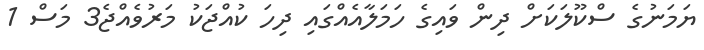
ޔަމަނުގެ ސްކޫލަކަށް ދިން ވައިގެ ހަމަލާއެއްގައި ދިހަ ކުއްޖަކު މަރުވެއްޖެ3 މަސް 1